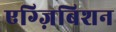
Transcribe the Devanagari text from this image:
एग्ज़िबिशन